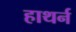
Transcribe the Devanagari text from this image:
हाथर्न